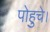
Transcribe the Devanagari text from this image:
पोहुचे।